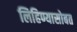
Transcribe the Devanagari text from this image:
लिहिण्यासोबत